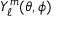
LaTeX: Y _ { \ell } ^ { m } ( \theta , \phi )